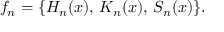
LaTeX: f _ { n } = \{ H _ { n } ( x ) , \, K _ { n } ( x ) , \, S _ { n } ( x ) \} .